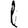
Digit: 1